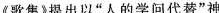
《歌集》提出以”人的学问代替”神